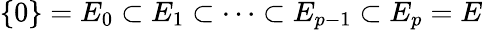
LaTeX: \{ 0\} =E_{0}\subset E_{1}\subset\cdots\subset E_{p-1}\subset E_{p}=E